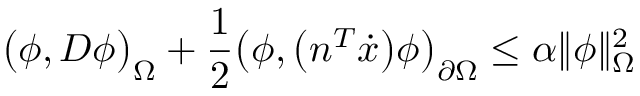
\big ( \phi , D \phi \big ) _ { \Omega } + \frac { 1 } { 2 } \big ( \phi , \big ( n ^ { T } \dot { x } \big ) \phi \big ) _ { \partial \Omega } \leq \alpha \| \phi \| _ { \Omega } ^ { 2 }